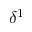
\delta ^ { 1 }